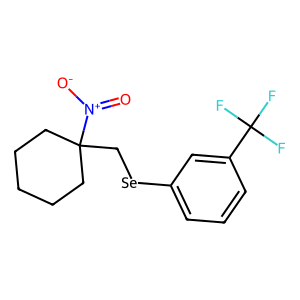
SMILES: O=[N+]([O-])C1(C[Se]c2cccc(C(F)(F)F)c2)CCCCC1
Inhibits HIV replication: No